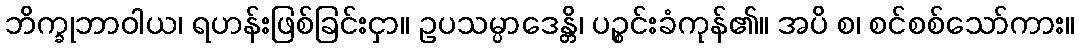
ဘိက္ခုဘာဝါယ၊ ရဟန်းဖြစ်ခြင်းငှာ။ ဥပသမ္ပာဒေန္တိ၊ ပဉ္စင်းခံကုန်၏။ အပိ စ၊ စင်စစ်သော်ကား။